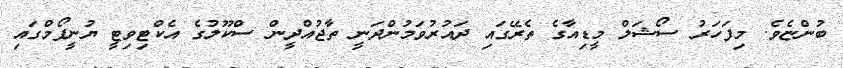
ބުންޏެވެ. މިފަހަރު ސޯޝަލް މީޑިއާގެ ތެރޭގައި ދައުރުވަމުންދަނީ ތާޖުއްދީން ސްކޫލުގެ އެކްޓިވިޓީ ޔުނީފޯމްގައި